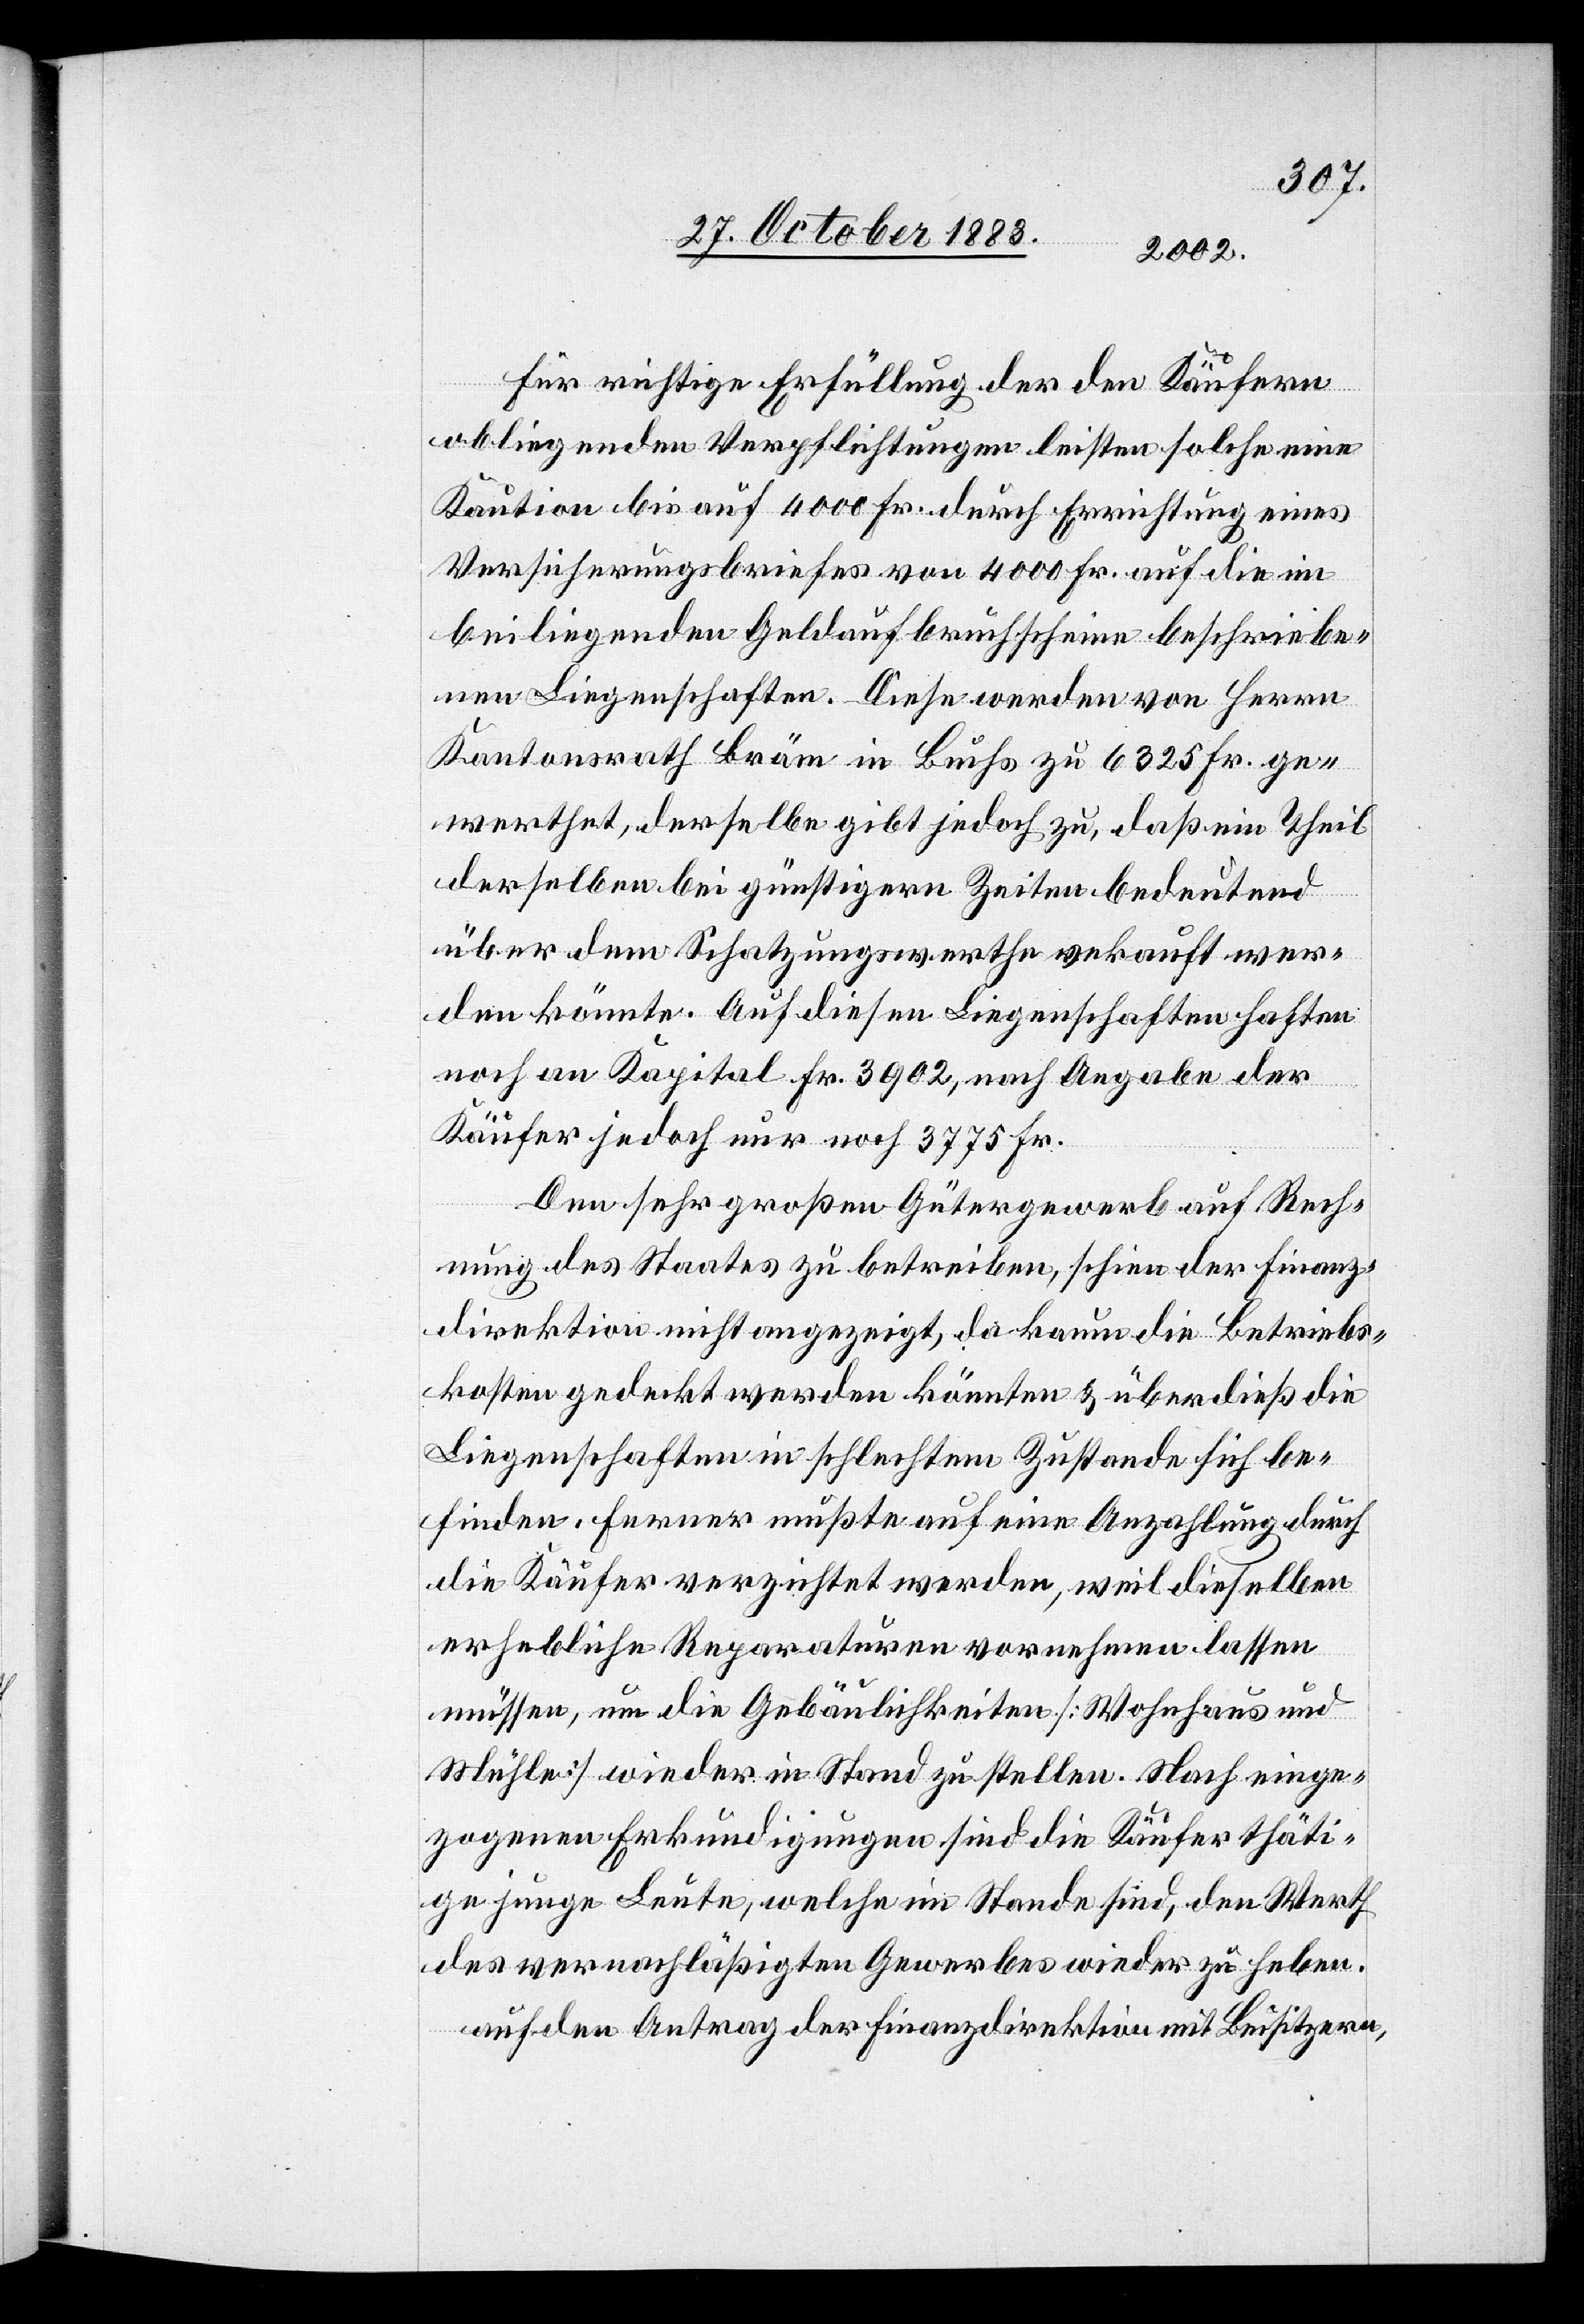
Für richtige Erfüllung der den Käufern
obliegenden Verpflichtungen leisten solche eine
Kaution bis auf 4000 Fr. durch Errichtung eines
Versicherungsbriefes von 4000 Fr. auf die im
beiliegenden Geldaufbruchscheine beschriebe¬
ne Liegenschaften. Diese werden von Herrn
Kantonsrath Bräm in Buchs zu 6325 Fr. ge¬
werthet, derselbe gibt jedoch zu, daß ein Theil
derselben bei günstigern Zeiten bedeutend
über dem Schatzungswerthe verkauft wer¬
den könnte. Auf diesen Liegenschaften haften
noch an Kapital Fr. 3902, nach Angabe der
Käufer jedoch nur noch 3775 Fr.
Den sehr großen Gütergewerb auf Rech¬
nung des Staates zu betreiben, schien der Finanz¬
direktion nicht angezeigt, da kaum die Betriebs¬
kosten gedeckt werden könnten & überdieß die
Liegenschaften in schlechtem Zustande sich be¬
finden. Ferner mußte auf eine Anzahlung durch
die Käufer verzichtet werden, weil dieselben
erhebliche Reparaturen vornehmen lassen
müssen, um die Gebäulichkeiten [Wohnhaus und
Mühle] wieder in Stand zu stellen. Nach einge¬
zogenen Erkundigungen sind die Käufer thäti¬
ge junge Leute, welche im Stande sind, den Werth
des vernachläßigten Gewerbes wieder zu heben.
auf den Antrag der Finanzdirektion mit Beisitzern,